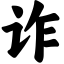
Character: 诈